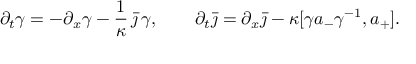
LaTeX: \partial _ { t } \gamma = - \partial _ { x } \gamma - \frac { 1 } { \kappa } \, \bar { \jmath } \, \gamma , \qquad \partial _ { t } \bar { \jmath } = \partial _ { x } \bar { \jmath } - \kappa [ \gamma a _ { - } \gamma ^ { - 1 } , a _ { + } ] .